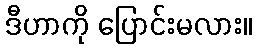
ဒီဟာကို ပြောင်းမလား။